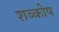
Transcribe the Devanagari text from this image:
शब्कोष